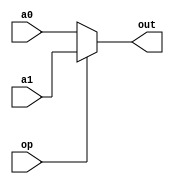
module mux(a0,a1,op,out);
  input op;
  input [31:0]a0,a1;
  output reg[31:0]out;
  
  always@(*)begin
    if(op) out=a1;
    else out=a0;
    end
  endmodule